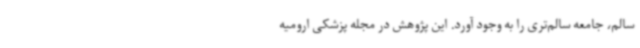
سالم، جامعه سالم‌تری را به وجود آورد. این پژوهش در مجله پزشکی ارومیه